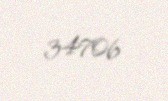
34706